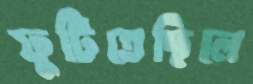
ফুটিতেছিলে